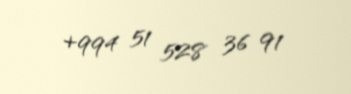
+994 51 528 36 91